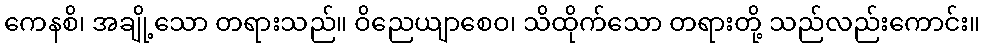
ကေနစိ၊ အချို့သော တရားသည်။ ဝိညေယျာစေဝ၊ သိထိုက်သော တရားတို့ သည်လည်းကောင်း။